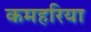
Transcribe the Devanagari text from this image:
कमहरिया